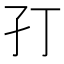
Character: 𭒶